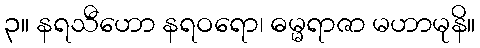
၃။ နရသီဟော နရဝရော၊ ဓမ္မရာဇာ မဟာမုနိ။